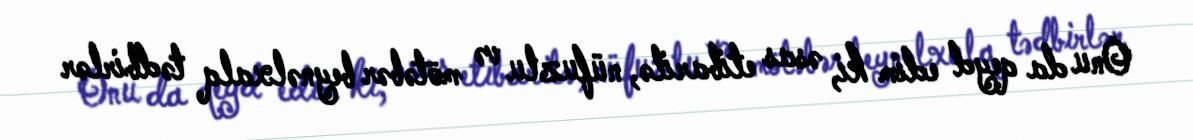
Onu da qeyd edim ki, əsas etibarilə, nüfuzlu və mötəbər beynəlxalq tədbirlər